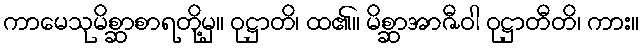
ကာမေသုမိစ္ဆာစာရတို့မှ။ ဝုဋ္ဌာတိ၊ ထ၏။ မိစ္ဆာအာဇီဝါ ဝုဋ္ဌာတီတိ၊ ကား။